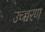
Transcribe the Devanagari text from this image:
उच्च्चरण